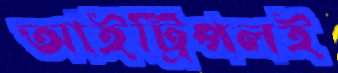
আইট্রিপলই